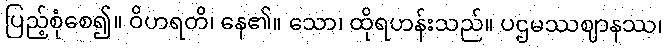
ပြည့်စုံစေ၍။ ဝိဟရတိ၊ နေ၏။ သော၊ ထိုရဟန်းသည်။ ပဌမဿဈာနဿ၊